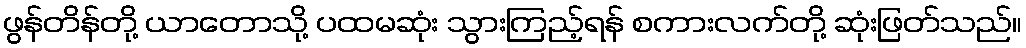
ဖွန်တိန်တို့ ယာတောသို့ ပထမဆုံး သွားကြည့်ရန် စကားလက်တို့ ဆုံးဖြတ်သည်။